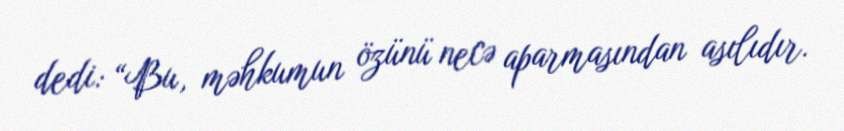
dedi: “Bu, məhkumun özünü necə aparmasından asılıdır.